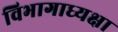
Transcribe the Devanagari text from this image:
विभागाध्यक्षा